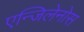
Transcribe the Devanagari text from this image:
एन्जिलेनोस